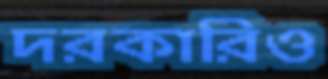
দরকারিও